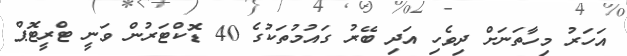
އަހަރު މިހާތަނަށް ދިވެހި އަދި ބޭރު ގައުމުތަކުގެ 40 ޑޮކްޓަރުން ވަނީ ޓްރީޓޮޕް